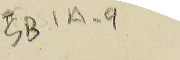
SB1A-9